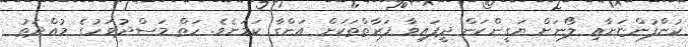
ކުންފުންޏަށާއި ލޯނަށް ޔަގީންކަން ދީފައިވާ ފަރާތްތަކަށް އަންގާ ކަމަށެވެ. ހަތް މަސްދުވަހުގެ މުއްދަތު